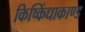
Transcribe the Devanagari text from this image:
किष्किंधाकाण्ड